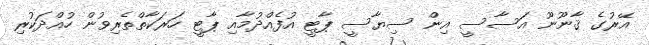
އޭރުގެ ޤާނޫނޫ އަސާސީ އިން ސިޔާސީ ޕާޓީ އުފެއްދުމާއި ޕާޓީ ހަރަކާތްތެރިވުން ހުއްދަކުރި